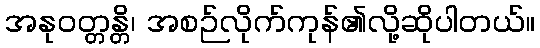
အနုဝတ္တန္တိ၊ အစဉ်လိုက်ကုန်၏လို့ဆိုပါတယ်။